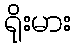
ရိုးမား